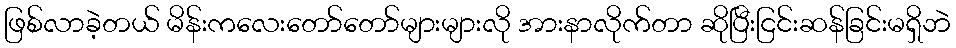
ဖြစ်လာခဲ့တယ် မိန်းကလေးတော်တော်များများလို အားနာလိုက်တာ ဆိုပြီးငြင်းဆန်ခြင်းမရှိဘဲ